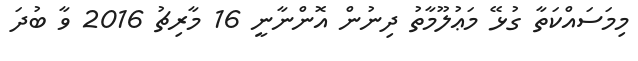
މިމަސައްކަތާ ގުޅޭ މަޢުލޫމާތު ދިނުން އޮންނާނީ 16 މާރިޗު 2016 ވާ ބުދަ